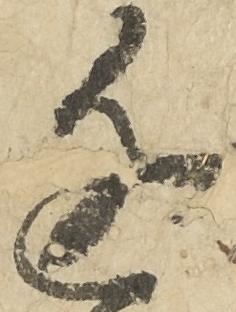
近